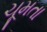
ચૂમતા